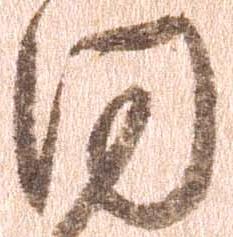
同